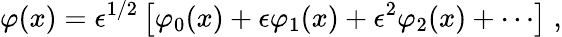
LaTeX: \varphi(x)=\epsilon^{1/2}\left\lbrack\varphi_{0}(x)+\epsilon\varphi_{1}(x)+\epsilon^{2}\varphi_{2}(x)+\cdots\right\rbrack\; ,